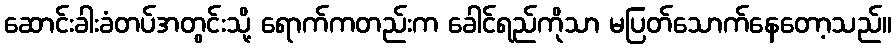
ဆောင်းခါးခံတပ်အတွင်းသို့ ရောက်ကတည်းက ခေါင်ရည်ကိုသာ မပြတ်သောက်နေတော့သည်။